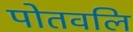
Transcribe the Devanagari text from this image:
पोतवलि